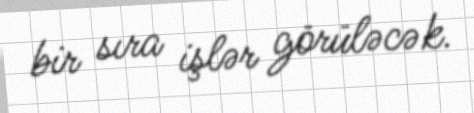
bir sıra işlər görüləcək.